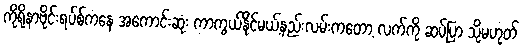
ကိုရိုနာဗိုင်းရပ်စ်ကနေ အကောင်းဆုံး ကာကွယ်နိုင်မယ့်နည်းလမ်းကတော့ လက်ကို ဆပ်ပြာ သို့မဟုတ်